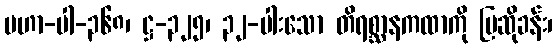
မဟာ-ပါ-၃၆၈၊ ဋ္ဌ-၃၂၅၊ ၃၂-ပါးသော တိရစ္ဆာနကထာကို ပြဆိုခန်း၊